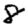
Digit: 8